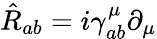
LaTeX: \hat{R}_{ab}=i\gamma_{ab}^{\mu}\partial_{\mu}